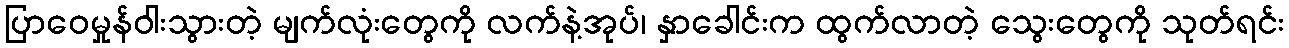
ပြာဝေမှုန်ဝါးသွားတဲ့ မျက်လုံးတွေကို လက်နဲ့အုပ်၊ နှာခေါင်းက ထွက်လာတဲ့ သွေးတွေကို သုတ်ရင်း